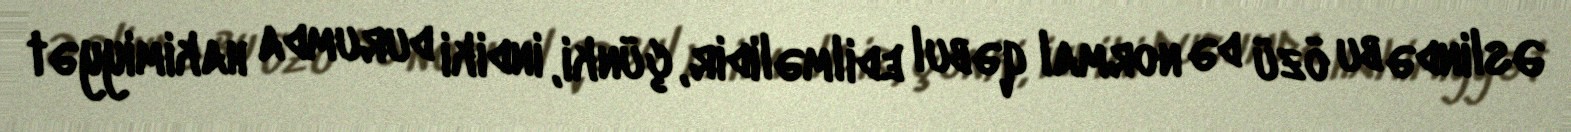
Əslində bu özü də normal qəbul edilməlidir, çünki, indiki durumda hakimiyyət